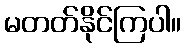
မတတ်နိုင်ကြပါ။